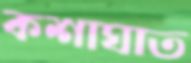
কশাঘাত